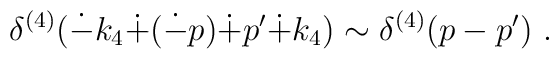
\delta^{(4)}(\dot{-}k_4\dot{+}(\dot{-}p)\dot{+}p'\dot{+}k_4)\sim  \delta^{(4)}(p-p') ~.